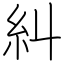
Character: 糾